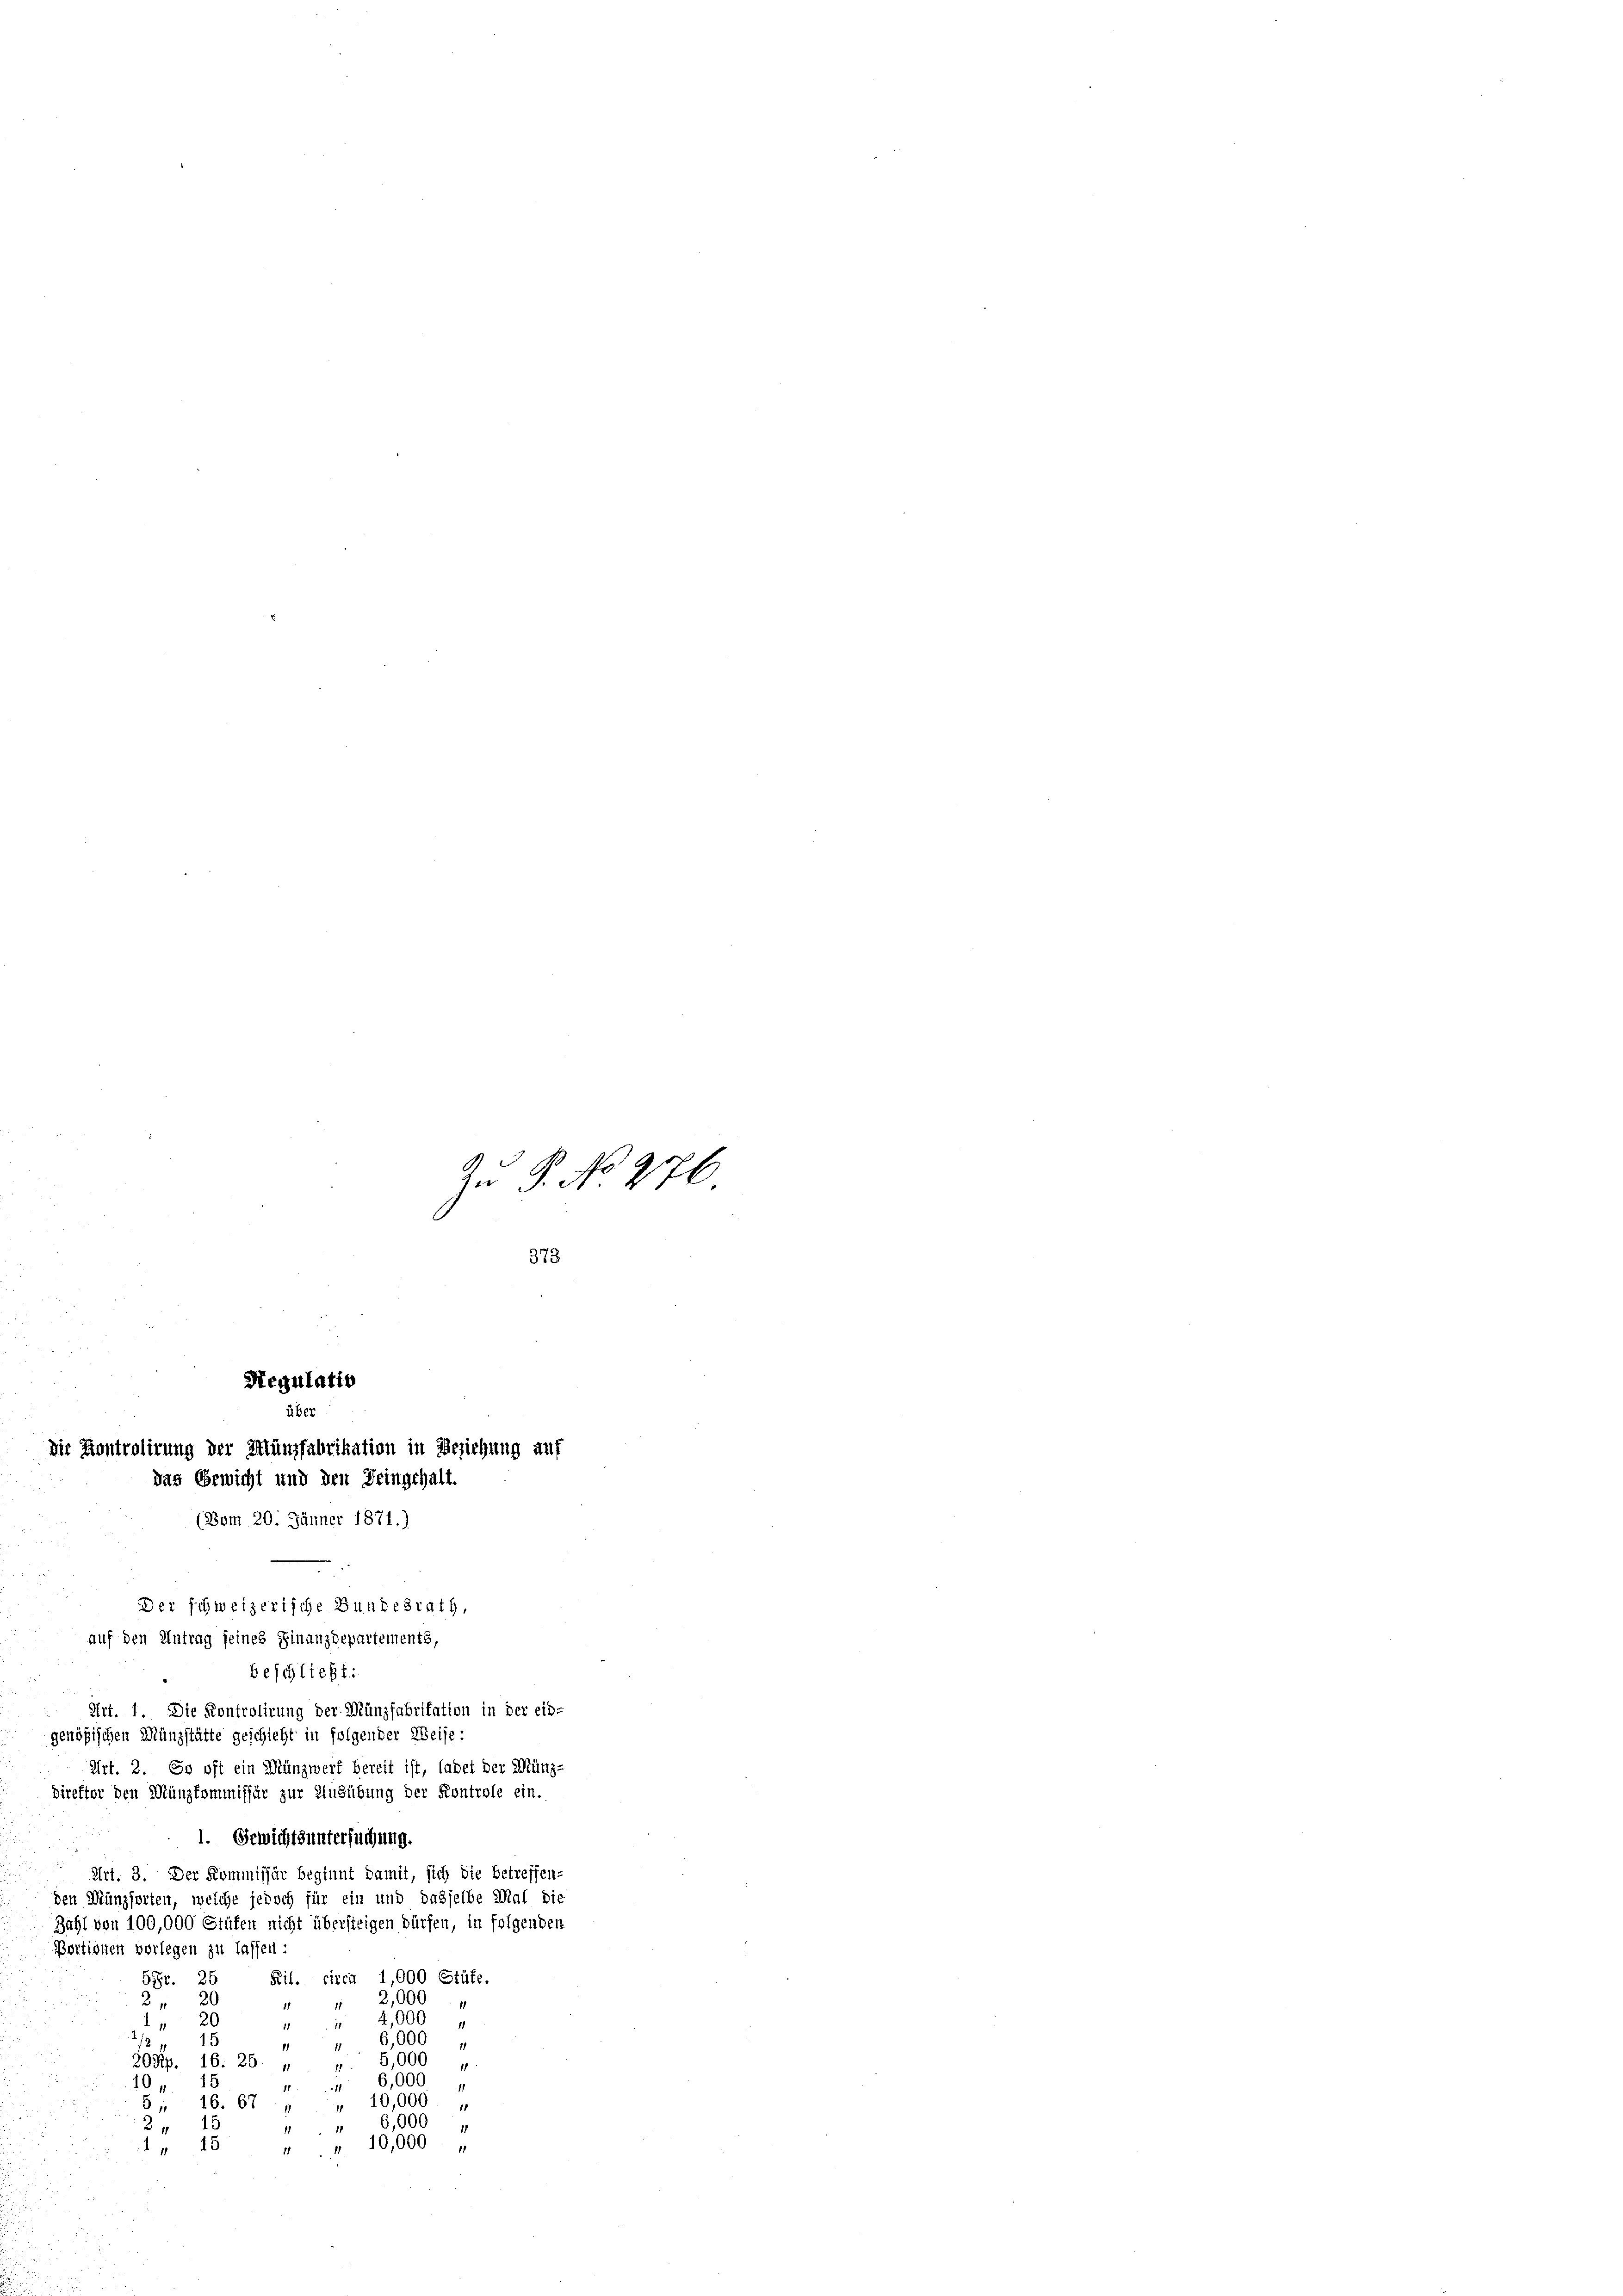
die Kontrolirung der Münzfabrikation in Beziehung auf
das Gewicht und den Feingehalt.

Regulatio
üb
(Vom 20. Jänner 1871.)
Der schweizerische Bundesrath,
auf den Antrag seines Finanzdepartements,

beschließt:
Art. 1 Die Kontrolirung der Münzfabritation in der ein-
genößischen Münzstätte geschicht in folgender Weise:
Art. 2. So oft ein Münzwert bereit ist, ladet der Münz-
direktor den Münzkommissär zur Ausübung der Kontrole ein.
1. Gewichtsuntersuchung.
Art. 3. Der Kommissär beginnt damit, sich die betreffen-
den Münzsorten, welche jedoch für ein und dasselbe Mal die
Zahl von 100,000 Stüfen nicht übersteigen dürfen, in folgenden
Portionen verlegen zu lassen:
Ril. circa 1,000 Stüte.
5Fr. 25
" 2,000
2 " 20
11
20
" " 4,000
15
6,000
5,000
Lösip. 16. 25 "
6,000
10
u
5, 16. 67 " " 10,000
15
" 6,000
2
" " 10,000
" 15

Zu P. No 276
373